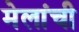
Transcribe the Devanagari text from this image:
मेलांची